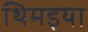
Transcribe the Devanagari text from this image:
थिमइया